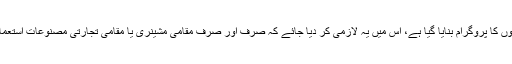
اس کے علاوہ جو ایک سو ارب روپے کے قرضوں کا پروگرام بنایا گیا ہے، اس میں یہ لازمی کر دیا جائے کہ صرف اور صرف مقامی مشینری یا مقامی تجارتی مصنوعات استعمال کرنے والے کاروباروں کے لیے دیا جائے گا۔